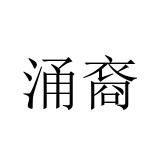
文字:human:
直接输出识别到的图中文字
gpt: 涌裔